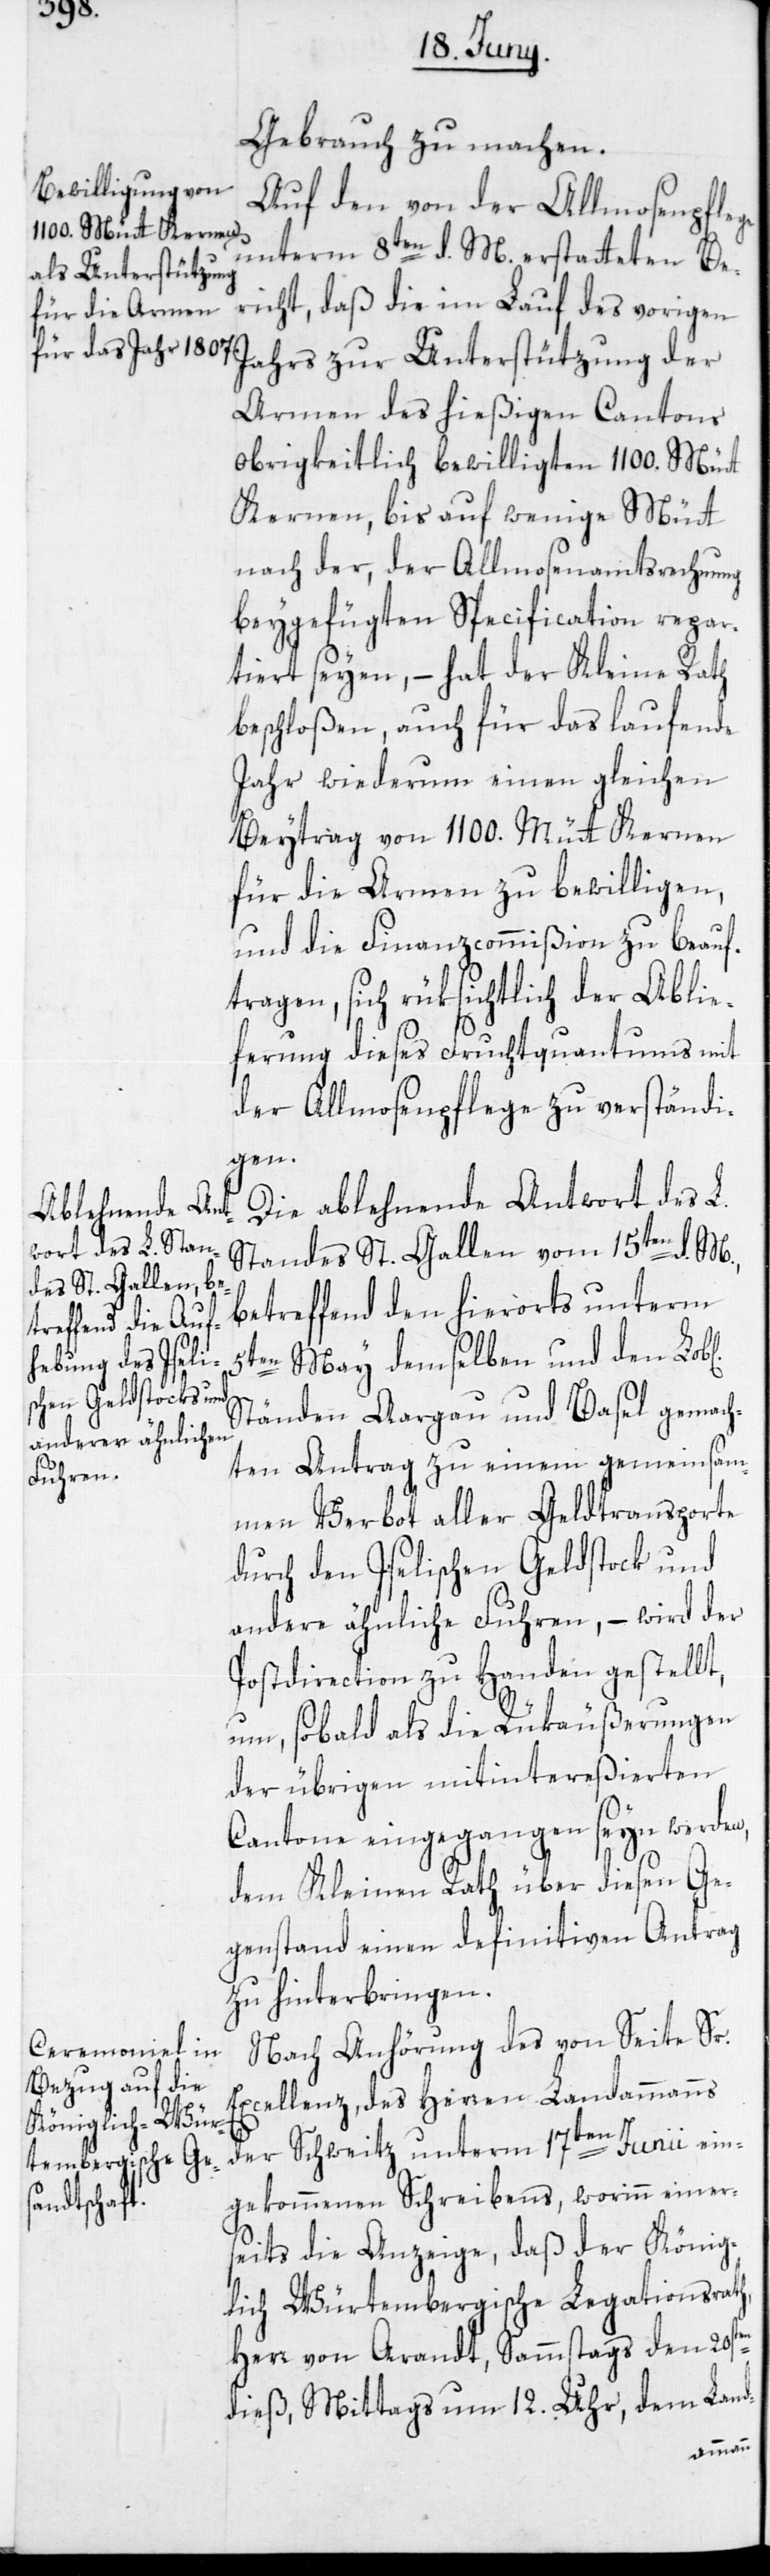
ichen]

Gebrauch zu machen.
Auf den von der Allmosenpflege
unterm 8ten d. M. erstatteten Be¬
richt, daß die im Lauf des vorigen
Jahrs zur Unterstützung der
Armen des hießigen Cantons
obrigkeitlich bewilligten 1100. Mütt
Kernen, bis auf wenige Mütt
nach der, der Allmosenamtsrechnung
beygefügten Specification repar¬
tiert seyen, – hat der Kleine Rath
beschloßen, auch für das laufende
Jahr wiederum einen gleichen
Beytrag von 1100. Mütt Kernen
für die Armen zu bewilligen,
und die Finanzcommißion zu beauf¬
tragen, sich rüksichtlich der Ablie¬
ferung dieses Fruchtquantums mit
der Allmosenpflege zu verständi¬
en
Die ablehnende Antwort des L.
Standes St. Gallen vom 15ten d. M.,
betreffend den hierorts unterm
5ten May demselben und den Lob[l¬
Ständen Aargau und Basel gemach¬
ten Antrag zu einem gemeinsam¬
en Verbot aller Geldtransporte
durch den Iselischen Geldstock und
andere ähnliche Fuhren, – wird der
Postdirection zu Handen gestellt,
h,
um, sobald als die Rükäußerungen
der übrigen mitintereßierten
Cantone eingegangen seyn werden,
dem Kleinen Rath über diesen Ge¬
genstand einen definitiven Antrag
zu hinterbringen.
Nach Anhörung des von Seite Sr.
Excellenz, des Herren Landammanns
der Schweitz unterm 17ten Junii ein¬
gekommenen Schreibens, worinn einer¬
seits die Anzeige, daß der König¬
lich-Würtembergische Legationsrat¬
Herr von Arandt, Sammstags den 20st¬
dieß, Mittags um 12. Uhr, dem Land-